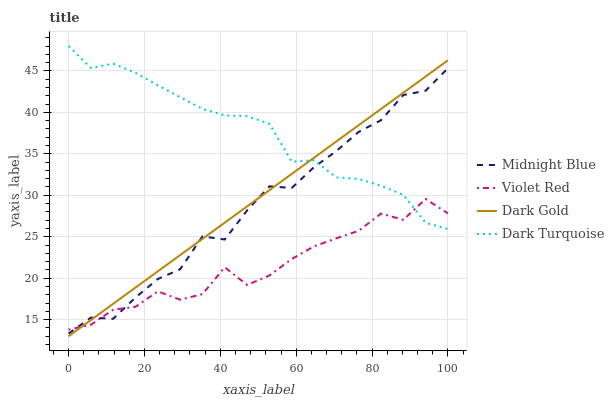
| xaxis_label | Midnight Blue | Violet Red | Dark Gold | Dark Turquoise |
 | --- | --- | --- | --- | --- |
 | 0 | 13.3 | 13.8 | 13 | 48 |
 | 5.88 | 15.2 | 14.4 | 15 | 45.4 |
 | 11.8 | 15.1 | 16.2 | 16.9 | 45.9 |
 | 17.6 | 17.7 | 16.6 | 18.9 | 44.8 |
 | 23.5 | 19.9 | 18.4 | 20.8 | 43.3 |
 | 29.4 | 21.1 | 17.4 | 22.8 | 41.8 |
 | 35.3 | 25 | 18.1 | 24.7 | 40.4 |
 | 41.2 | 24.7 | 21.3 | 26.7 | 39.6 |
 | 47.1 | 28.2 | 19.2 | 28.7 | 39.5 |
 | 52.9 | 31.1 | 20.3 | 30.6 | 38.6 |
 | 58.8 | 30.9 | 22.3 | 32.6 | 34.1 |
 | 64.7 | 33.4 | 23.8 | 34.5 | 34.2 |
 | 70.6 | 35.3 | 24.8 | 36.5 | 32.2 |
 | 76.5 | 37.6 | 25.7 | 38.4 | 32 |
 | 82.4 | 39 | 27.8 | 40.4 | 31.1 |
 | 88.2 | 42.1 | 27 | 42.4 | 30.1 |
 | 94.1 | 42.6 | 29.6 | 44.3 | 26.7 |
 | 100 | 45.3 | 27.8 | 46.3 | 25.9 |